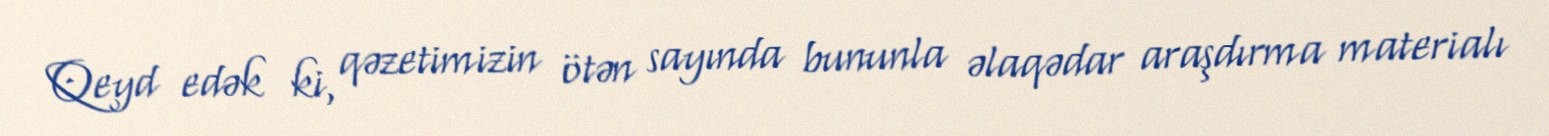
Qeyd edək ki, qəzetimizin ötən sayında bununla əlaqədar araşdırma materialı